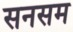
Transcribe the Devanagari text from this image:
सनसम